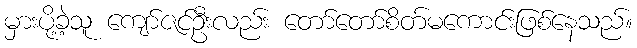
မှားပို့ခဲ့သူ ကျော်ဇင်ဦးလည်း တော်တော်စိတ်မကောင်းဖြစ်နေသည်။